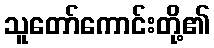
သူတော်ကောင်းတို့၏